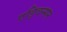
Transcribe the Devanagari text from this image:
एड्विन्सन